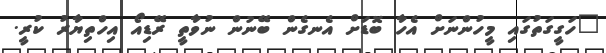
"ހަގީގަތުގައި މީހުންނަށް އެހާ ބޮޑަށް އެނގެން ބޭނުން ނުވާތީ ރޭޑިއޯ އިހްތިޔާރު ކުރީ.